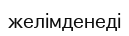
желімденеді